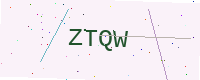
Text: ZTQW